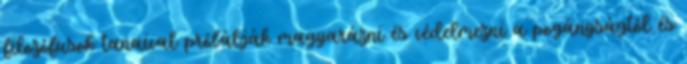
filozófusok tanaival próbálják magyarázni és védelmezni a pogányságtól és